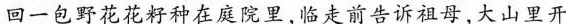
回一包野花花籽种在庭院里，临走前告诉祖母，大山里开